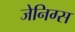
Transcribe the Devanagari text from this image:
जेनिग्स